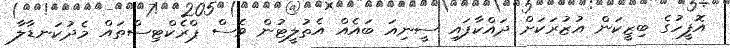
އޮފީހުގެ ބިޒީކަން އުޒުރަކަށް ދައްކާފައި ސީނިއަ ބައެއް އެތުލީޓުން ވެސް ޕްރެކްޓިސްތައް މެދުކަނޑާލާ